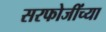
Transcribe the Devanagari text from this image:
सरफोजींच्या